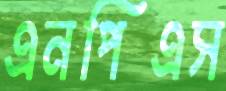
এনপিএস